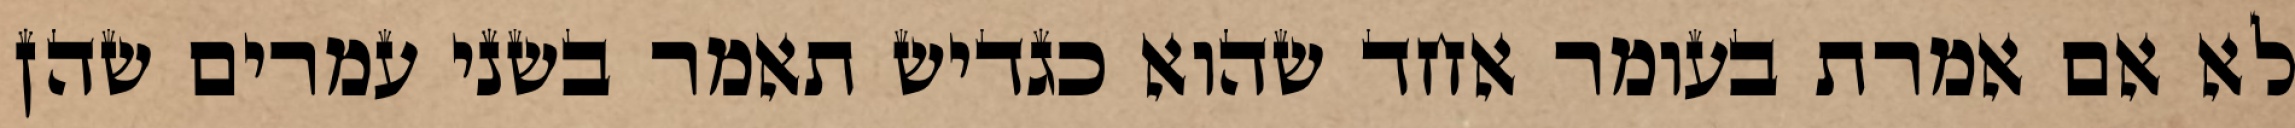
לא אם אמרת בעומר אחד שהוא כגדיש תאמר בשני עמרים שהן